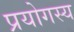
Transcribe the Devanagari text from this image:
प्रयोगस्य